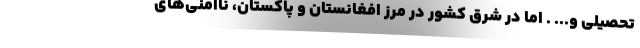
تحصیلی و... . اما در شرق کشور در مرز افغانستان و پاکستان، ناامنی‌های